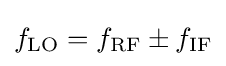
f_{\mathrm {LO} }=f_{\mathrm {RF} }\pm f_{\mathrm {IF} }